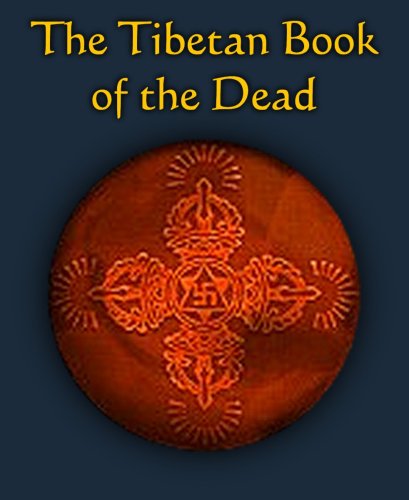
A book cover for The Tibetan Book of the Dead; Karma-glin-pa; Religion & Spirituality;